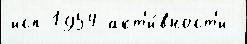
исп 1954 акт'и́вност'и